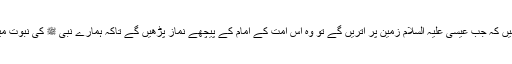
آپ دیکھتے نہیں کہ جب عیسیٰ علیہ السلام زمین پر اتریں گے تو وہ اس امت کے امام کے پیچھے نماز پڑھیں گے تاکہ ہمارے نبی ﷺ کی نبوت میں خلل نہ آئے۔